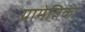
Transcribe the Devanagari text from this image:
ग्रामेतिका